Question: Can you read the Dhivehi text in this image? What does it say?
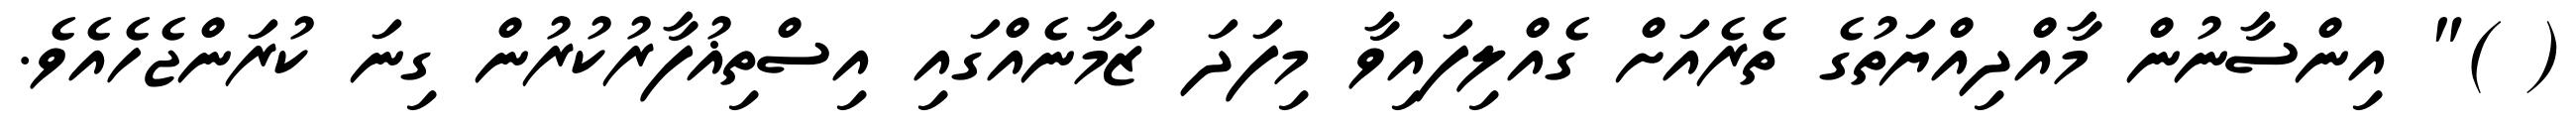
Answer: ( )" އިންސާނުން މާއްދިއްޔަތުގެ ތެރެއަށް ގެއްލިފައިވާ މިފަދަ ޒަމާނެއްގައި އިސްތިޣުފާރުކުރުން ގިނަ ކުރަންޖެހެއެވެ.